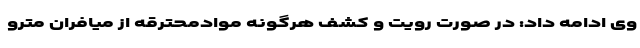
وی ادامه داد: در صورت رویت و کشف هرگونه موادمحترقه از میافران مترو